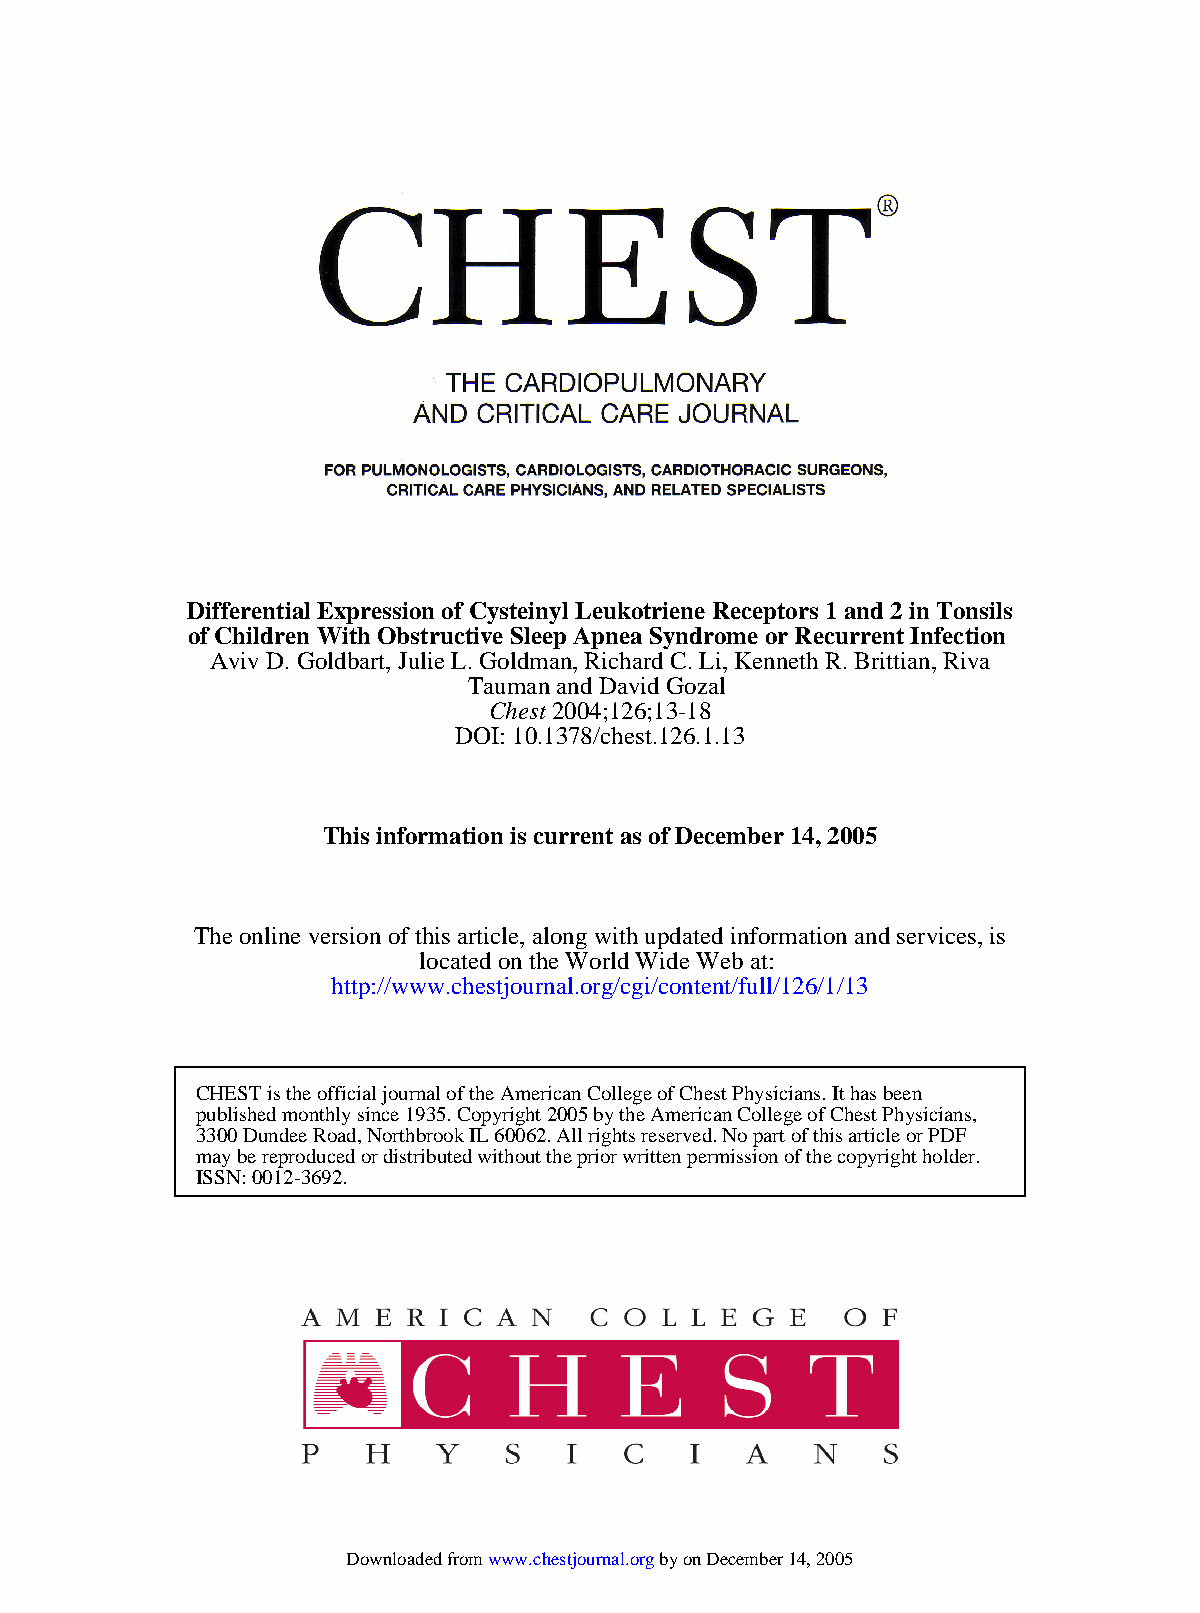
Differential Expression of Cysteinyl Leukotriene Receptors 1 and 2 in Tonsils
 of Children With Obstructive Sleep Apnea Syndrome or Recurrent Infection
 Aviv D. Goldbart, Julie L. Goldman, Richard C. Li, Kenneth R. Brittian, Riva
 Tauman and David Gozal
 Chest 2004;126;13-18
 DOI: 10.1378/chest.126.1.13
 This information is current as of December 14, 2005
 The online version of this article, along with updated information and services, is
 located on the World Wide Web at:
 http://www.chestjournal.org/cgi/content/full/126/1/13
 CHEST is the official journal of the American College of Chest Physicians. It has been
 published monthly since 1935. Copyright 2005 by the American College of Chest Physicians,
 3300 Dundee Road, Northbrook IL 60062. All rights reserved. No part of this article or PDF
 may be reproduced or distributed without the prior written permission of the copyright holder.
 ISSN: 0012-3692.
 Downloaded from www.chestjournal.org by on December 14, 2005